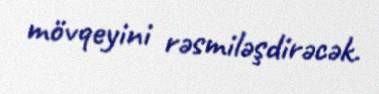
mövqeyini rəsmiləşdirəcək.